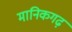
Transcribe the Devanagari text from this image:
मानिकगढ़